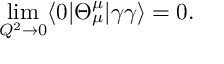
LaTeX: \operatorname * { l i m } _ { Q ^ { 2 } \to 0 } \langle 0 | \Theta _ { \mu } ^ { \mu } | \gamma \gamma \rangle = 0 .